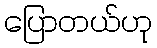
ပြောတယ်ဟု